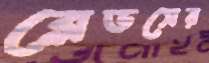
ব্লেডসের